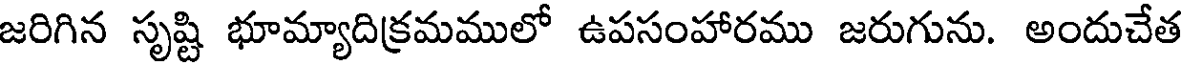
జరిగిన సృష్టి భూమ్యాదిక్రమములో ఉపసంహారము జరుగును. అందుచేత